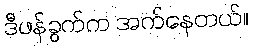
ဒီဖန်ခွက်က အက်နေတယ်။